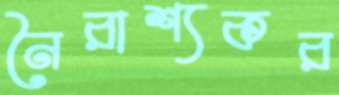
নৈরাশ্যকর